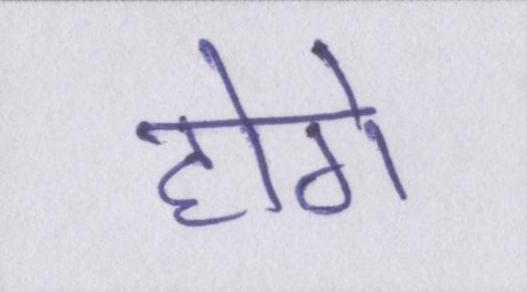
होगे